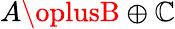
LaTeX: A\oplusB\oplus\mathbb{C}